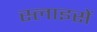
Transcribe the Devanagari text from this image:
स्लाइसें